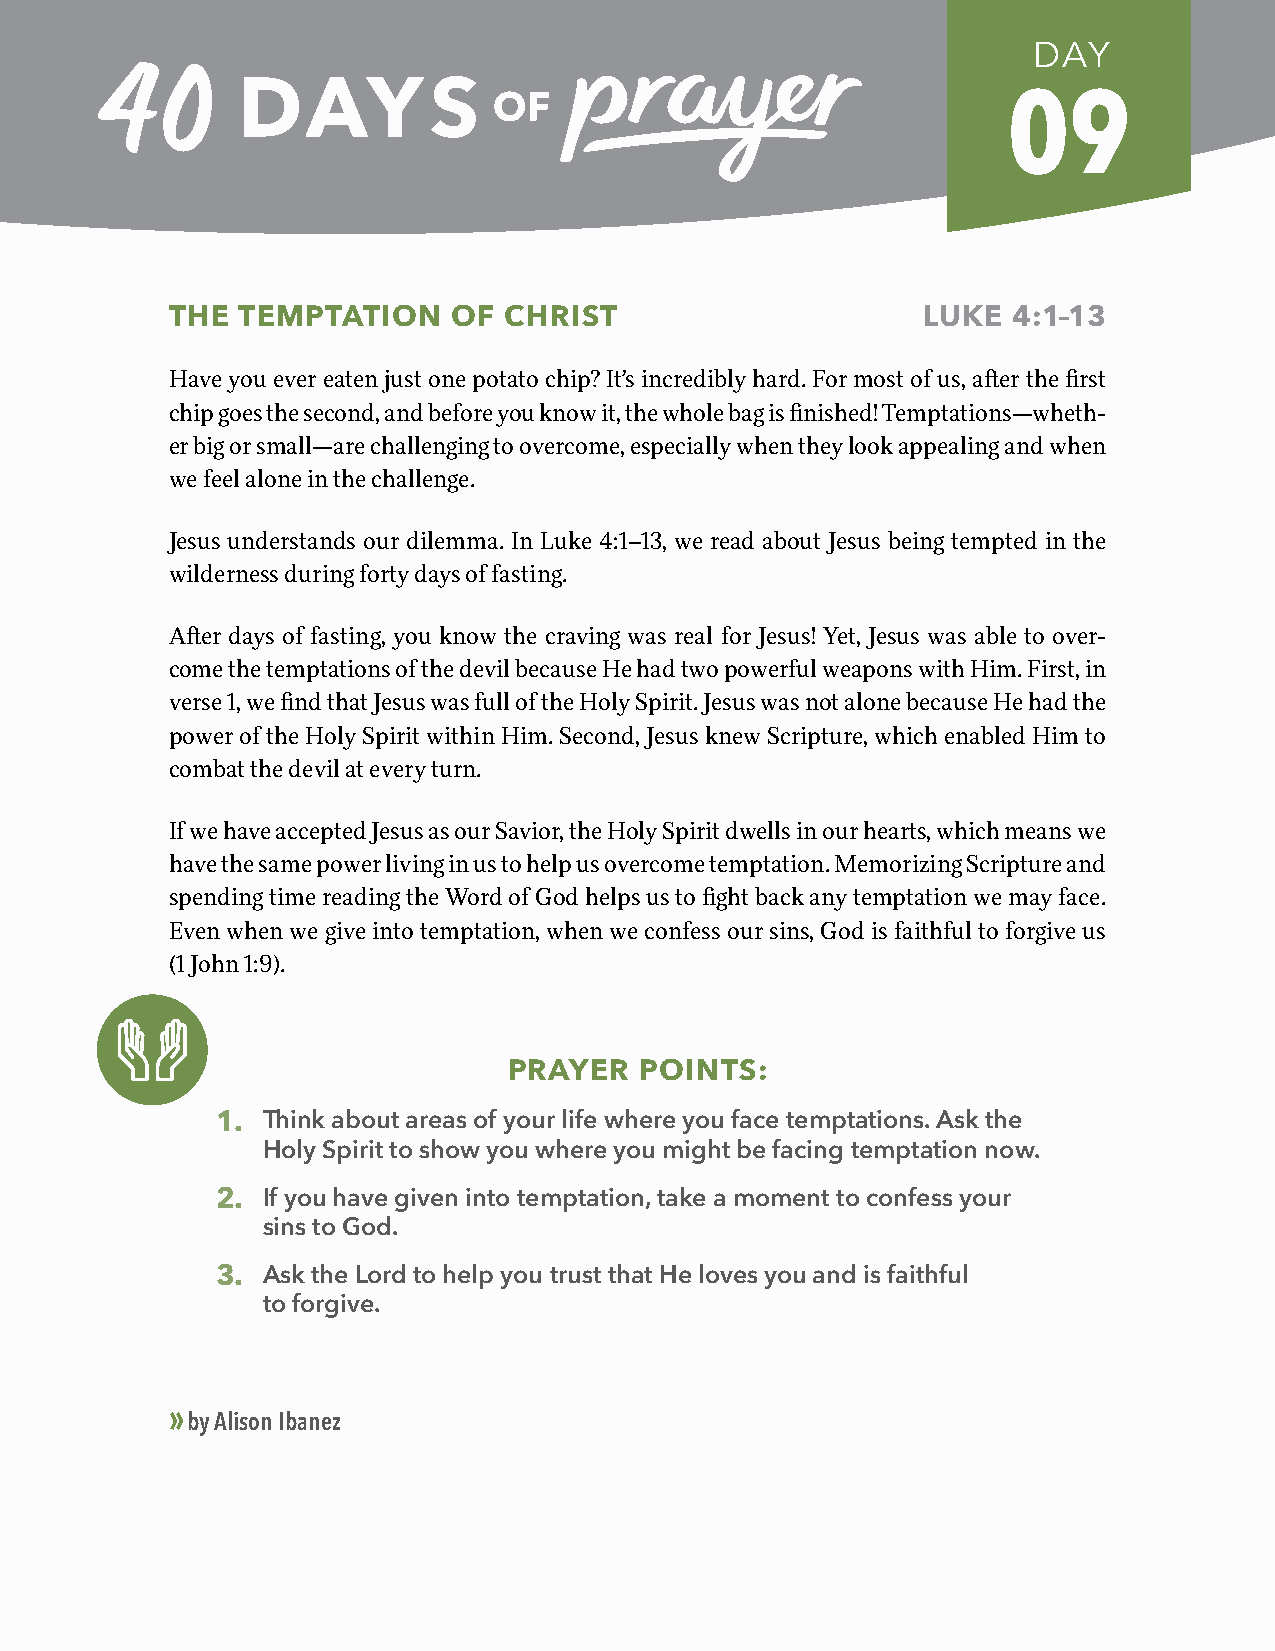
DAY
 09
 THE  TEMPTATION    OF CHRIST                      LUKE  4:1–13
 Have you ever eaten just one potato chip? It’s incredibly hard. For most of us, after the first
 chip goes the second, and before you know it, the whole bag is finished! Temptations—wheth-
 er big or small—are challenging to overcome, especially when they look appealing and when
 we feel alone in the challenge.
 Jesus understands our dilemma. In Luke 4:1–13, we read about Jesus being tempted in the
 wilderness during forty days of fasting.
 After days of fasting, you know the craving was real for Jesus! Yet, Jesus was able to over-
 come the temptations of the devil because He had two powerful weapons with Him. First, in
 verse 1, we find that Jesus was full of the Holy Spirit. Jesus was not alone because He had the
 power of the Holy Spirit within Him. Second, Jesus knew Scripture, which enabled Him to
 combat the devil at every turn.
 If we have accepted Jesus as our Savior, the Holy Spirit dwells in our hearts, which means we
 have the same power living in us to help us overcome temptation. Memorizing Scripture and
 spending time reading the Word of God helps us to fight back any temptation we may face.
 Even when we give into temptation, when we confess our sins, God is faithful to forgive us
 (1 John 1:9).
 PRAYER  POINTS:
 1. Think about areas of your life where you face temptations. Ask the
 Holy Spirit to show you where you might be facing temptation now.
 2. If you have given into temptation, take a moment to confess your
 sins to God.
 3. Ask the Lord to help you trust that He loves you and is faithful
 to forgive.
 »
 by Alison Ibanez